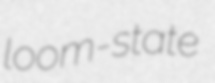
loom-state